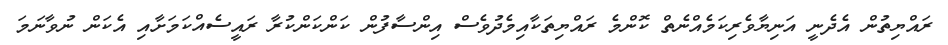
ރައްޔިތުން އެދެނީ އަނިޔާވެރިކަމެއްނެތް ކޮންމެ ރައްޔިތަކާއިމެދުވެސް އިންސާފުން ކަންކަންކުރާ ރައީސެއްކަމަށާއި އެކަން ނުވާނަމަ